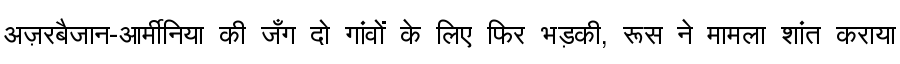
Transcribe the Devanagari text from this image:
अज़रबैजान-आर्मीनिया की जँग दो गांवों के लिए फिर भड़की, रूस ने मामला शांत कराया